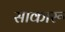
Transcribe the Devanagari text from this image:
साकारू